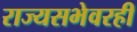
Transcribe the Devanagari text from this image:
राज्यसभेवरही